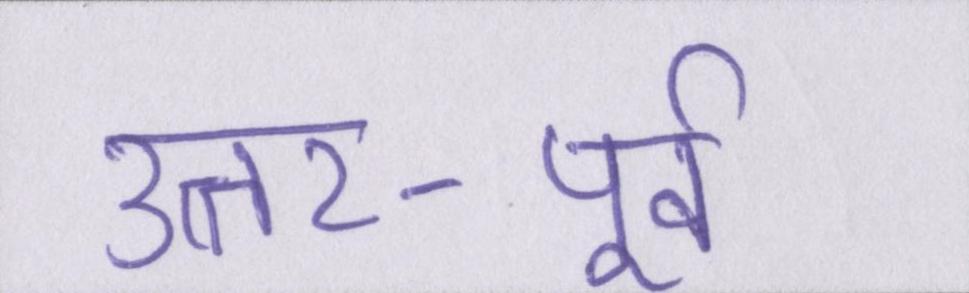
उत्तर-पूर्व